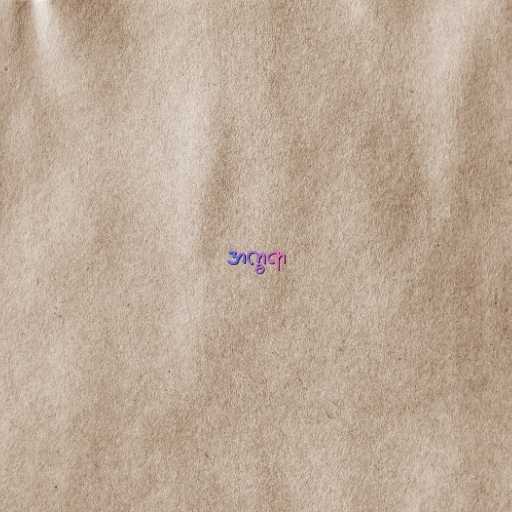
အက္ခရာ